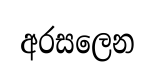
අරසලෙන